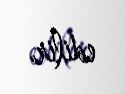
edilir.